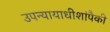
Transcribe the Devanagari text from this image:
उपन्यायाधीशांपैकी